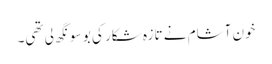
خون آشام نے تازہ شکار کی بو سونگھ لی تھی۔